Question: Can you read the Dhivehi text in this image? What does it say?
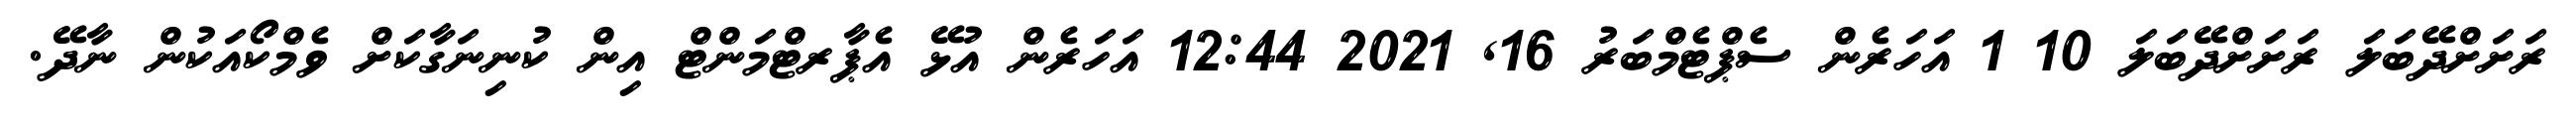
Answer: ރަށަށްދޭބަލަ ރަށަށްދޭބަލަ 10 1 އަހަރެން ސެޕްޓެމްބަރު 16, 2021 12:44 އަހަރެން އުޅޭ އެޕާރޓްމަންޓް އިން ކުނިނަގާކަށް ވެމްކޯއަކުން ނާދޭ.